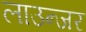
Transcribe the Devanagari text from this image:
लाउन्जर